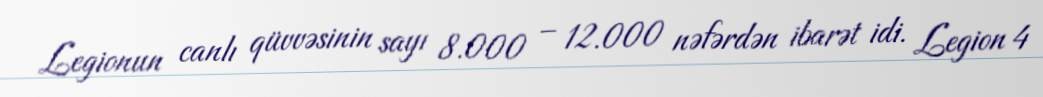
Legionun canlı qüvvəsinin sayı 8.000 – 12.000 nəfərdən ibarət idi. Legion 4